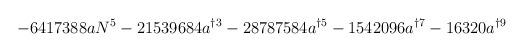
LaTeX: \begin{align*}-6417388aN^{5}-21539684a^{\dag 3}-28787584a^{\dag 5}-1542096a^{\dag 7}-16320a^{\dag 9}\end{align*}